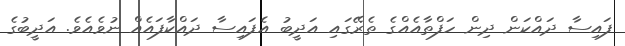
ފައިސާ ދައްކަން ދިން ހަފްތާއެއްގެ ތެރޭގައި އަދީބު އެފައިސާ ދައްކާފައެއް ނުވެއެވެ. އަދީބުގެ